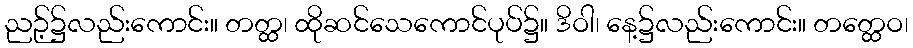
ညဉ့်၌လည်းကောင်း။ တတ္ထ၊ ထိုဆင်သေကောင်ပုပ်၌။ ဒိဝါ၊ နေ့၌လည်းကောင်း။ တတ္ထေဝ၊